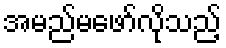
အမည်မဖော်လိုသည့်